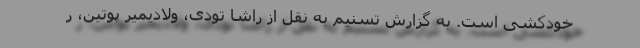
خودکشی است. به گزارش تسنیم به نقل از راشا تودی، ولادیمیر پوتین، ر